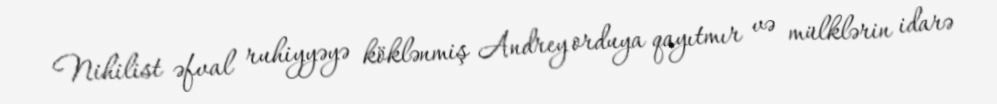
Nihilist əfval ruhiyyəyə köklənmiş Andrey orduya qayıtmır və mülklərin idarə